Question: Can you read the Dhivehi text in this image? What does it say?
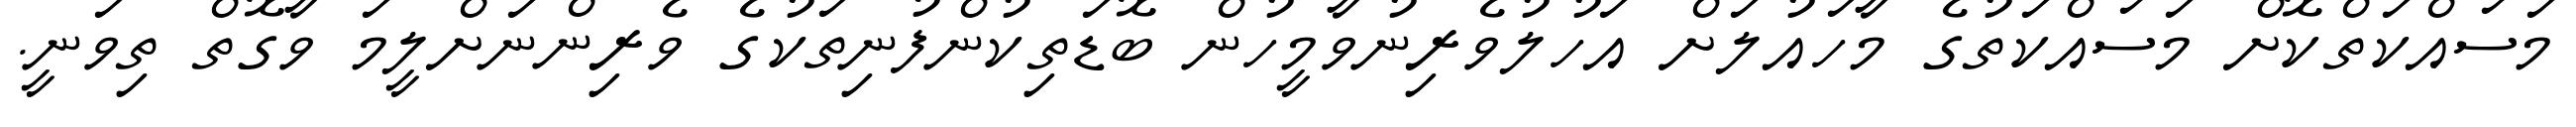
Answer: މަސައްކަތްކޮށް މަސައްކަތުގެ މާހައުލަށް އަހުލުވެރިނުވާމީހުން ބޮޑަތިކުންފުނިތަކުގެ ވެރިންނަށްލީމަ ވާގޮތް ތިވަނީ.